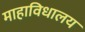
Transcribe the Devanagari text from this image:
माहाविधालय